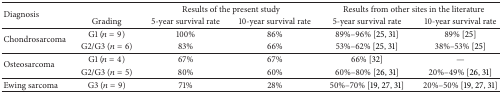
| <ROWSPAN=2> Diagnosis |  | <COLSPAN=2> Results of the present study | <COLSPAN=2> Results from other sites in the literature |
 | Grading | 5-year survival rate | 10-year survival rate | 5-year survival rate | 10-year survival rate |
 | --- | --- | --- | --- | --- | --- |
 | <ROWSPAN=2> Chondrosarcoma | G1 (n = 9) | 100% | 86% | 89%–96% [25, 31] | 89% [25] |
 | G2/G3 (n = 6) | 83% | 66% | 53%–62% [25, 31] | 38%–53% [25] |
 | <ROWSPAN=2> Osteosarcoma | G1 (n = 4) | 67% | 67% | 66% [32] | — |
 | G2/G3 (n = 5) | 80% | 60% | 60%–80% [26, 31] | 20%–49% [26, 31] |
 | Ewing sarcoma | G3 (n = 9) | 71% | 28% | 50%–70% [19, 27, 31] | 20%–50% [19, 27, 31] |